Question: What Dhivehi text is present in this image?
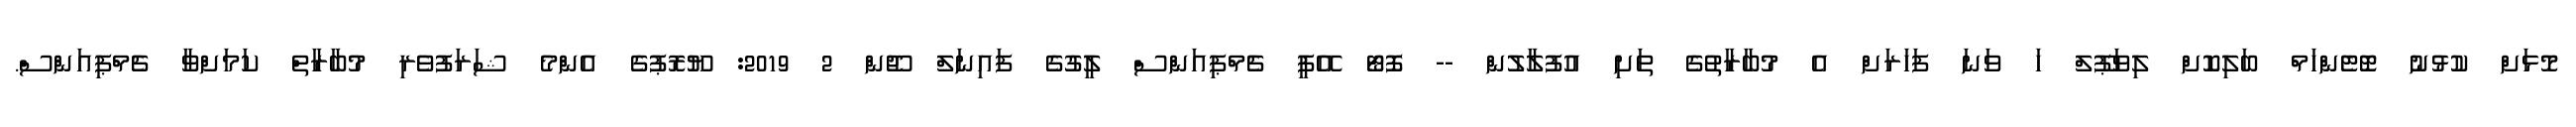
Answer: މޮޅަށް ކުޅުނު ޓޮޓެންހަމް ބަލިކޮށް ލިވަޕޫލް ހަ ވަނަ ފަހަރަށް އެ މުބާރާތުގެ ތަށި އުފުލާލުން -- ފޮޓޯ އޭޕީ ޗެމްޕިއަންސް ލީގުގެ ފައިނަލް ޖޫން 2 2019: ޔޫރޮޕުގެ އެންމެ ޝަރަފުވެރި މުބާރާތް ކަމަށްވާ ޗެމްޕިއަންސް.